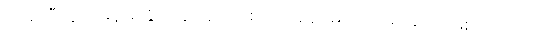
(၁)နာရီတွင် မြန်မာနိုင်ငံရုပ်ရှင်အစည်းအရုံး မှာ ကျင်းပခဲ့တာဖြစ်ပါတယ်။